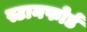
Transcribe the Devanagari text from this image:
स्टानफोर्ड